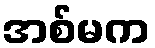
အစ်မက